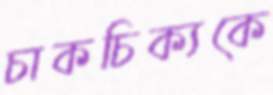
চাকচিক্যকে